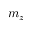
m _ { z }